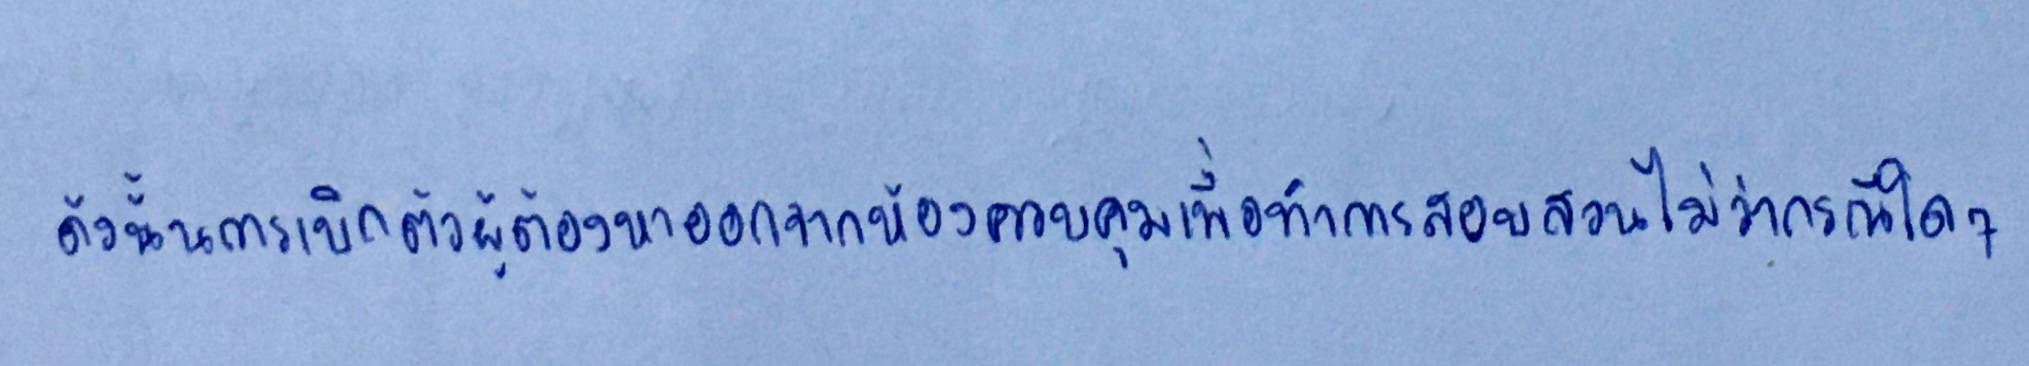
ดังนั้นการเบิกตัวผู้ต้องหาออกจากห้องควบคุมเพื่อทำการสอบสวนไม่ว่ากรณีใดๆ